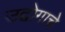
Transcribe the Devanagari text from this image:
उद्दोगाचे